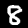
Label: 8